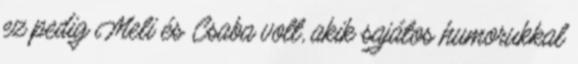
ez pedig Meli és Csaba volt, akik sajátos humorukkal